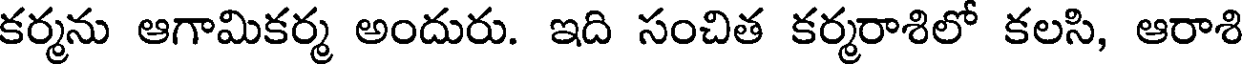
కర్మను ఆగామికర్మ అందురు. ఇది సంచిత కర్మరాశిలో కలసి, ఆరాశి